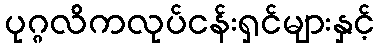
ပုဂ္ဂလိကလုပ်ငန်းရှင်များနှင့်